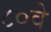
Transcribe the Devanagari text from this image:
८०वे